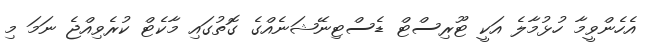
އެހެންވީމާ ހުޅުމާލެ އަކީ ޓޫރިސްޓް ޑެސްޓިނޭޝަނެއްގެ ގޮތުގައި މާކެޓް ކުރެވިއްޖެ ނަމަ މި